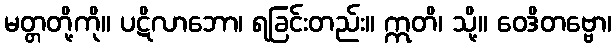
မတ္တတို့ကို။ ပဋိလာဘော၊ ရခြင်းတည်း။ ဣတိ၊ သို့။ ဝေဒိတဗ္ဗော၊